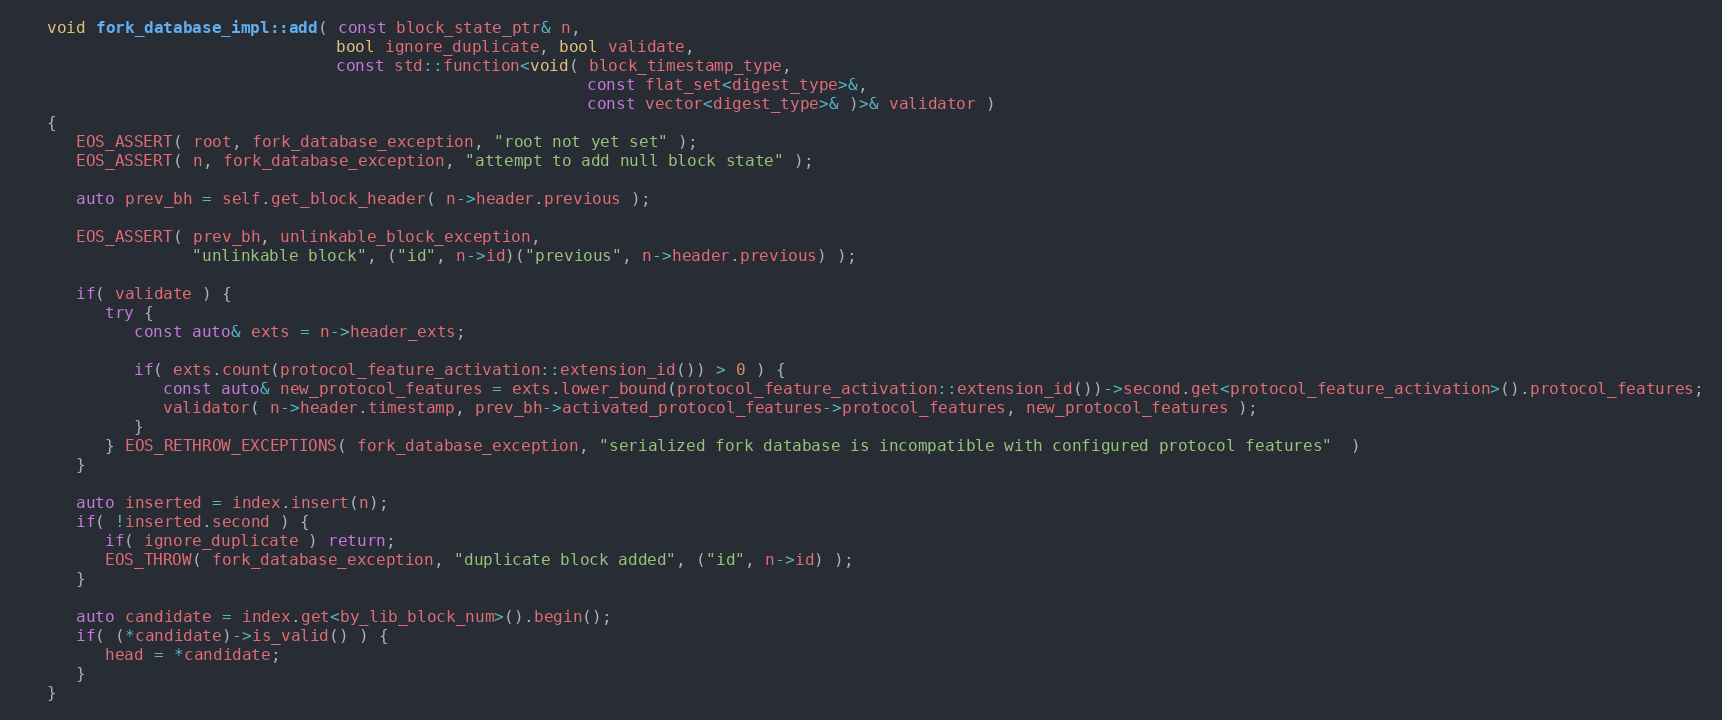
Language: C++
   void fork_database_impl::add( const block_state_ptr& n,
                                 bool ignore_duplicate, bool validate,
                                 const std::function<void( block_timestamp_type,
                                                           const flat_set<digest_type>&,
                                                           const vector<digest_type>& )>& validator )
   {
      EOS_ASSERT( root, fork_database_exception, "root not yet set" );
      EOS_ASSERT( n, fork_database_exception, "attempt to add null block state" );

      auto prev_bh = self.get_block_header( n->header.previous );

      EOS_ASSERT( prev_bh, unlinkable_block_exception,
                  "unlinkable block", ("id", n->id)("previous", n->header.previous) );

      if( validate ) {
         try {
            const auto& exts = n->header_exts;

            if( exts.count(protocol_feature_activation::extension_id()) > 0 ) {
               const auto& new_protocol_features = exts.lower_bound(protocol_feature_activation::extension_id())->second.get<protocol_feature_activation>().protocol_features;
               validator( n->header.timestamp, prev_bh->activated_protocol_features->protocol_features, new_protocol_features );
            }
         } EOS_RETHROW_EXCEPTIONS( fork_database_exception, "serialized fork database is incompatible with configured protocol features"  )
      }

      auto inserted = index.insert(n);
      if( !inserted.second ) {
         if( ignore_duplicate ) return;
         EOS_THROW( fork_database_exception, "duplicate block added", ("id", n->id) );
      }

      auto candidate = index.get<by_lib_block_num>().begin();
      if( (*candidate)->is_valid() ) {
         head = *candidate;
      }
   }